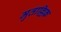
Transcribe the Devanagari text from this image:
मुताल्लिक़